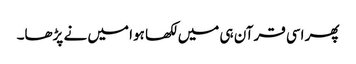
پھر اسی قرآن ہی میں لکھا ہوا میں نے پڑھا۔